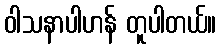
ဝါသနာပါဟန် တူပါတယ်။